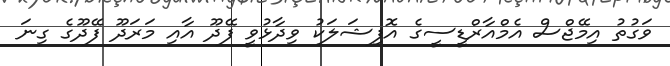
ވަގުތު އިމޭޖްސް އެމްއާރްޑީސީގެ އޮފިޝަލަކު ވިދާޅުވީ ފޭދޫ އާއި މަރަދޫ ފޭދޫގެ ގިނަ